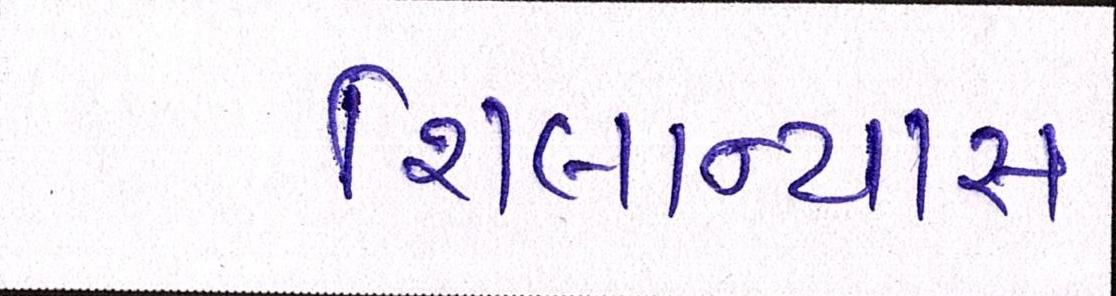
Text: શિલાન્યાસ